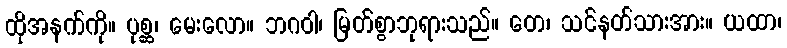
ထိုအနက်ကို။ ပုစ္ဆ၊ မေးလော။ ဘဂဝါ၊ မြတ်စွာဘုရားသည်။ တေ၊ သင်နတ်သားအား။ ယထာ၊